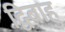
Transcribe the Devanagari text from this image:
द्विबाहु